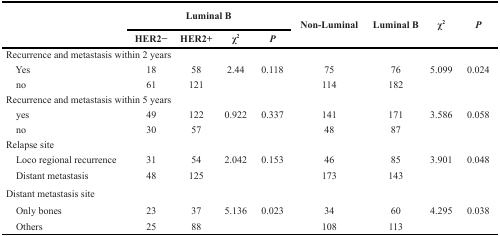
<table><thead><tr><td rowspan="2"></td><td colspan="4"><b>Luminal B</b></td><td rowspan="2"><b>Non-Luminal</b></td><td rowspan="2"><b>Luminal B</b></td><td rowspan="2"><b>χ<sup>2</sup></b></td><td rowspan="2"><b><i>P</i></b></td></tr><tr><td><b>HER2<i>−</i></b></td><td><b>HER2+</b></td><td><b>χ<sup>2</sup></b></td><td><b><i>P</i></b></td></tr></thead><tbody><tr><td colspan="9">Recurrence and metastasis within 2 years</td></tr><tr><td> Yes</td><td>18</td><td>58</td><td>2.44</td><td>0.118</td><td>75</td><td>76</td><td>5.099</td><td>0.024</td></tr><tr><td> no</td><td>61</td><td>121</td><td></td><td></td><td>114</td><td>182</td><td></td><td></td></tr><tr><td colspan="9">Recurrence and metastasis within 5 years</td></tr><tr><td> yes</td><td>49</td><td>122</td><td>0.922</td><td>0.337</td><td>141</td><td>171</td><td>3.586</td><td>0.058</td></tr><tr><td> no</td><td>30</td><td>57</td><td></td><td></td><td>48</td><td>87</td><td></td><td></td></tr><tr><td colspan="9">Relapse site</td></tr><tr><td> Loco regional recurrence</td><td>31</td><td>54</td><td>2.042</td><td>0.153</td><td>46</td><td>85</td><td>3.901</td><td>0.048</td></tr><tr><td> Distant metastasis</td><td>48</td><td>125</td><td></td><td></td><td>173</td><td>143</td><td></td><td></td></tr><tr><td colspan="9">Distant metastasis site</td></tr><tr><td> Only bones</td><td>23</td><td>37</td><td>5.136</td><td>0.023</td><td>34</td><td>60</td><td>4.295</td><td>0.038</td></tr><tr><td> Others</td><td>25</td><td>88</td><td></td><td></td><td>108</td><td>113</td><td></td><td></td></tr></tbody></table>